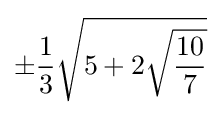
\pm {\frac {1}{3}}{\sqrt {5+2{\sqrt {\frac {10}{7}}}}}